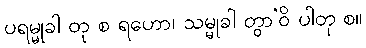
ပရမ္မုခါ တု စ ရဟော၊ သမ္မုခါ တွာ’ဝိ ပါတု စ။